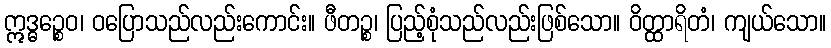
ဣဒ္ဓဉ္စေဝ၊ ဝပြောသည်လည်းကောင်း။ ဖီတဉ္စ၊ ပြည့်စုံသည်လည်းဖြစ်သော။ ဝိတ္ထာရိတံ၊ ကျယ်သော။